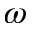
\omega